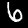
Label: 6